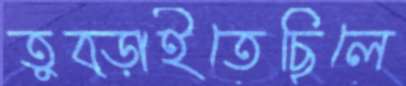
তুব্‌ড়াইতেছিলে